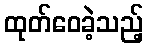
ထုတ်ဝေခဲ့သည့်